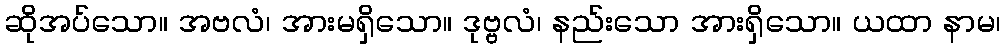
ဆိုအပ်သော။ အဗလံ၊ အားမရှိသော။ ဒုဗ္ဗလံ၊ နည်းသော အားရှိသော။ ယထာ နာမ၊